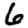
Digit: 6